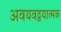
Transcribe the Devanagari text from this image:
अवयवद्वयात्मक